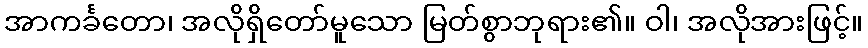
အာကင်္ခတော၊ အလိုရှိတော်မူသော မြတ်စွာဘုရား၏။ ဝါ၊ အလိုအားဖြင့်။